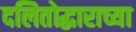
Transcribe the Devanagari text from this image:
दलितोद्धाराच्या